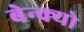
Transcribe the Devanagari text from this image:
बेन्क्यो